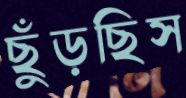
ছুঁড়ছিস